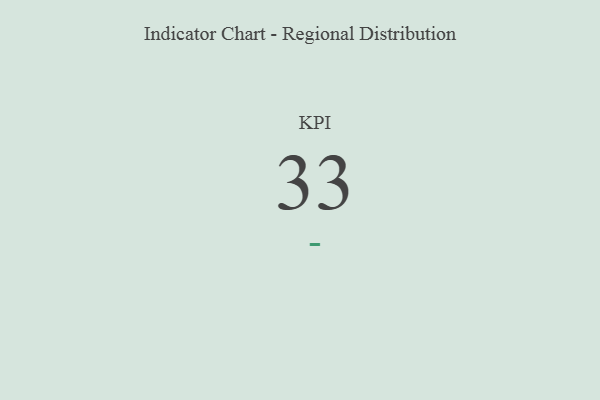
{"axis": {"x": "KPI", "y": "Value"}, "legend": [""], "data": [{"x": "KPI", "y": 33, "type": ""}]}